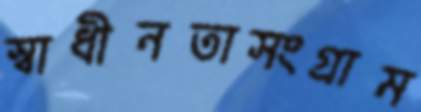
স্বাধীনতাসংগ্রাম